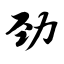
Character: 劲